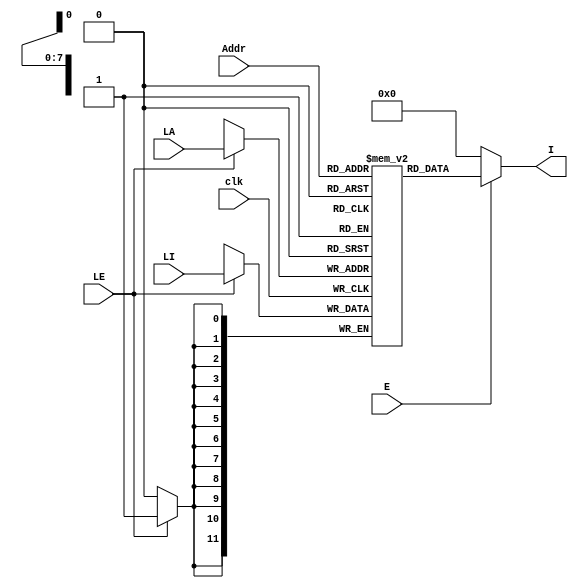
`timescale 1ns / 1ps
//////////////////////////////////////////////////////////////////////////////////
// Company: 
// Engineer: 
// 
// Design Name: 
// Module Name: PMem
// Project Name: 
// Target Devices: 
// Tool Versions: 
// Description: 
// 
// Dependencies: 
// 
// Revision:
// Revision 0.01 - File Created
// Additional Comments:
// 
//////////////////////////////////////////////////////////////////////////////////


module PMem( input clk,
input E, // Enable port
  input [7:0] Addr, // Address port
  output [11:0] I, // Instruction port
  // 3 special ports are used to load program to the memory
  input LE, // Load enable port 
  input[7:0] LA, // Load address port
  input [11:0] LI//Load instruction port
   );
 reg [11:0] Prog_Mem[255:0] ;
// fpga4student.com: FPGA project, Verilog project, VHDL project 
always @(posedge clk)
 begin
 if(LE == 1) begin
 Prog_Mem[LA] <= LI;
 end
 end
 assign I =  (E == 1) ?  Prog_Mem[Addr]: 0 ;
endmodule